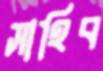
সাহিব